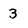
Character: 3